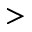
>